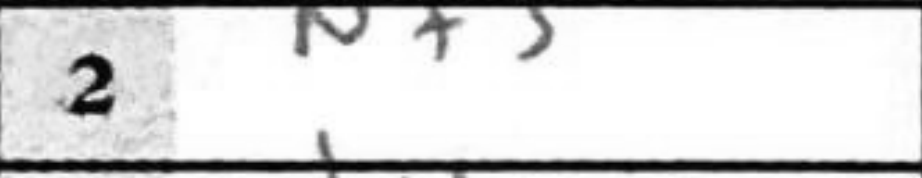
Transcription: Nf3